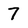
Character: 7